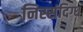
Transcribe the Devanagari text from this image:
निस्संदिग्ध